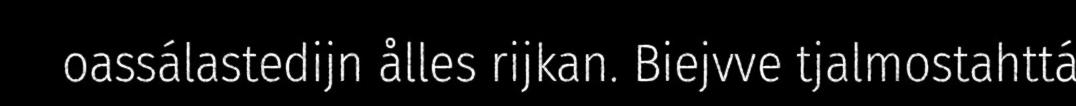
oassálastedijn ålles rijkan. Biejvve tjalmostahttá